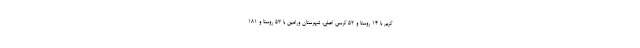
کریم با ۱۴ روستا و ۵۲ کرسی اصلی، شهرستان ورامین با ۵۳ روستا و ۱۸۱